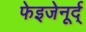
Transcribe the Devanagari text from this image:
फेइजेनूर्द्